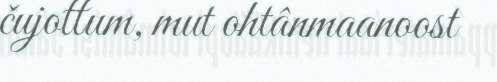
čujottum, mut ohtânmaanoost